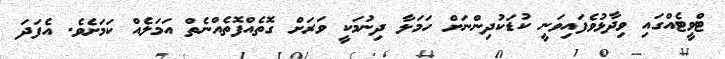
ޓްވީޓެއްގައި ވިދާޅުވެފައިވަނީ ކުޑަކުދިންނަށް ހަމަލާ ދިނުމަކީ ވަރަށް ގޮތެއްފޮތެއްނެތް އަމަލެއް ކަމަށެވެ. އެފަދަ